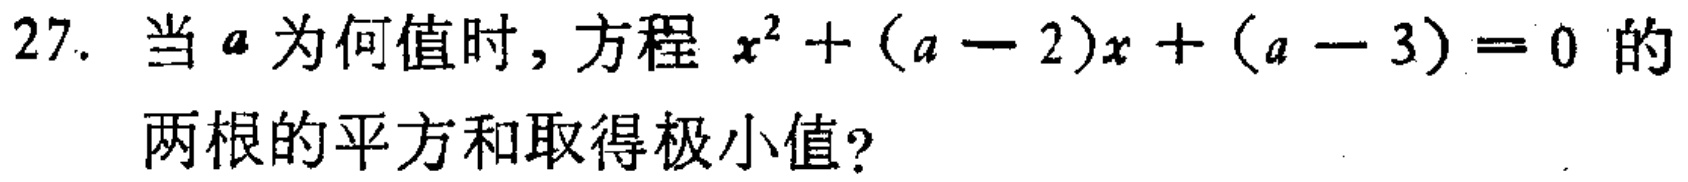
27. 当 \(a\) 为何值时，方程 \(x^{2}+(a - 2)x+(a - 3)=0\) 的两根的平方和取得极小值？